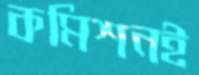
কমিশনই